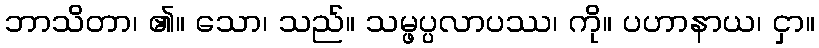
ဘာသိတာ၊ ၏။ သော၊ သည်။ သမ္ဖပ္ပလာပဿ၊ ကို။ ပဟာနာယ၊ ငှာ။